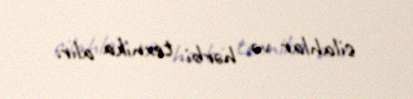
silahlar və hərbi texnika alır.